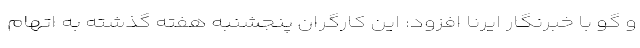
و گو با خبرنگار ایرنا افزود: این کارگران پنجشنبه هفته گذشته به اتهام